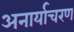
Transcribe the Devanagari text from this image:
अनार्याचरण